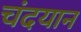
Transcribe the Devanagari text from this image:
चंदयान